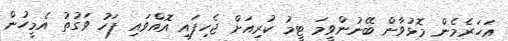
އަހަރެމެން މޮޅުވާން ބޭނުންވީމަ ޓީމު ކުރިއަށް ޖެހިފައި އޮއްވައި ފަހު ވަގުތު އެމީހުން